Insane asylums in Bengal annual reports 1867-1875 - 1867-1875
Year: 1867
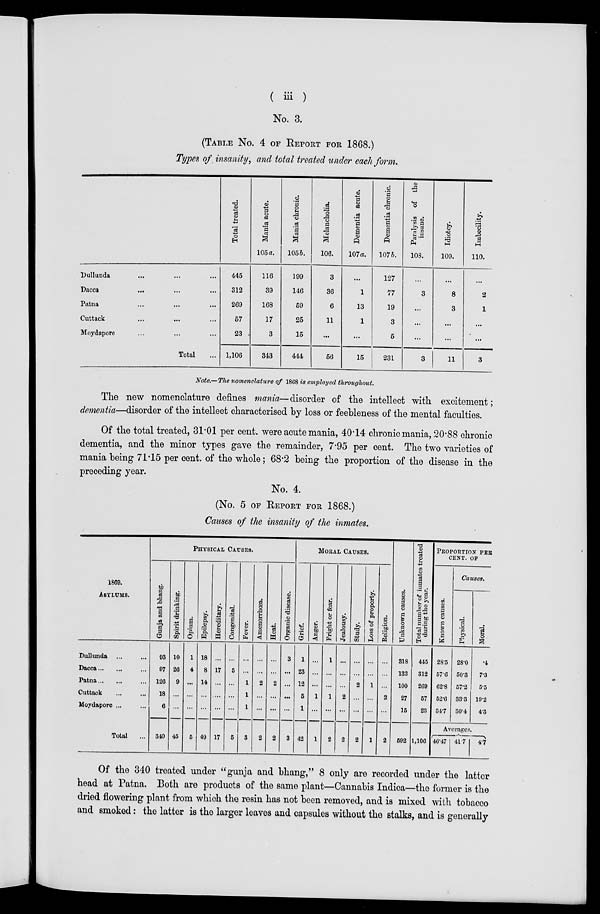
( iii )
No. 3.
(TABLE No. 4 OF REPORT FOR 1868.)
Types of insanity, and total treated under each form.
Dullunda ... ... ...
Dacca ... ... ...
Patna ... ... ...
Cuttack ... ... ...
Moydapore ... ... ...
Total ...
Total treated.
445
312
269
57
23
1,106
Mania acute.
105a.
116
39
168
17
3
343
Mania chronic.
105b.
199
146
59
25
15
444
Melancholia.
106.
3
36
6
11
...
56
Dementia acute.
107a.
...
1
13
1
...
15
Dementia chronic.
107b.
127
77
19
3
5
231
Paralysis of the
insane.
108.
...
3
...
...
...
3
Idiotcy.
109.
...
8
3
...
...
11
Imbecility.
110.
...
2
1
...
...
3
Note.—The nomenclature of 1868 is employed throughout.
The new nomenclature defines mania—disorder of the intellect with excitement;
dementia—disorder of the intellect characterised by loss or feebleness of the mental faculties.
Of the total treated, 31.01 per cent. were acute mania, 40.14 chronic mania, 20.88 chronic
dementia, and the minor types gave the remainder, 7.95 per cent. The two varieties of
mania being 71.15 per cent. of the whole; 68.2 being the proportion of the disease in the
preceding year.
No. 4.
(No. 5 OF REPORT FOR 1868.)
Causes of the insanity of the inmates.
1869.
ASYLUMS.
Dullunda ... ...
Dacca ... ... ...
Patna ... ... ...
Cuttack ... ...
Moydapore ... ...
Total ...
PHYSICAL CAUSES.
Gunja and bhang.
93
97
126
18
6
340
Spirit drinking.
10
26
9
...
...
45
Opium.
1
4
...
...
...
5
Epilepsy.
18
8
14
...
...
40
Hereditary.
...
17
...
...
...
17
Congenital.
...
5
...
...
...
5
Fever.
...
...
1
1
1
3
Amenorrhœa.
...
...
2
...
...
2
Heat.
...
...
2
...
...
2
Organic disease.
3
...
...
...
...
3
MORAL CAUSES.
Grief.
1
23
12
5
1
42
Anger.
...
...
...
1
...
1
Fright or fear.
1
...
...
1
...
2
Jealousy.
...
...
...
2
...
2
Study.
...
...
2
...
...
2
Loss of property.
...
...
1
...
...
1
Religion.
...
...
...
2
...
2
Unknown causes.
318
132
100
27
15
592
Total number of inmates treated
during the year.
445
312
269
57
23
1,106
PROPORTION PER
CENT. OF
Known causes.
28.5
57.6
62.8
52.6
34.7
Causes.
Physical.
28.0
50.3
57.2
33.3
30.4
Moral.
.4
7.3
5.5
19.2
4.3
Averages.
46.47 41.7
4.7
Of the 340 treated under "gunja and bhang," 8 only are recorded under the latter
head at Patna. Both are products of the same plant—Cannabis Indica—the former is the
dried flowering plant from which the resin has not been removed, and is mixed with tobacco
and smoked: the latter is the larger leaves and capsules without the stalks, and is generally